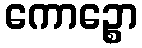
ကောဉ္စော